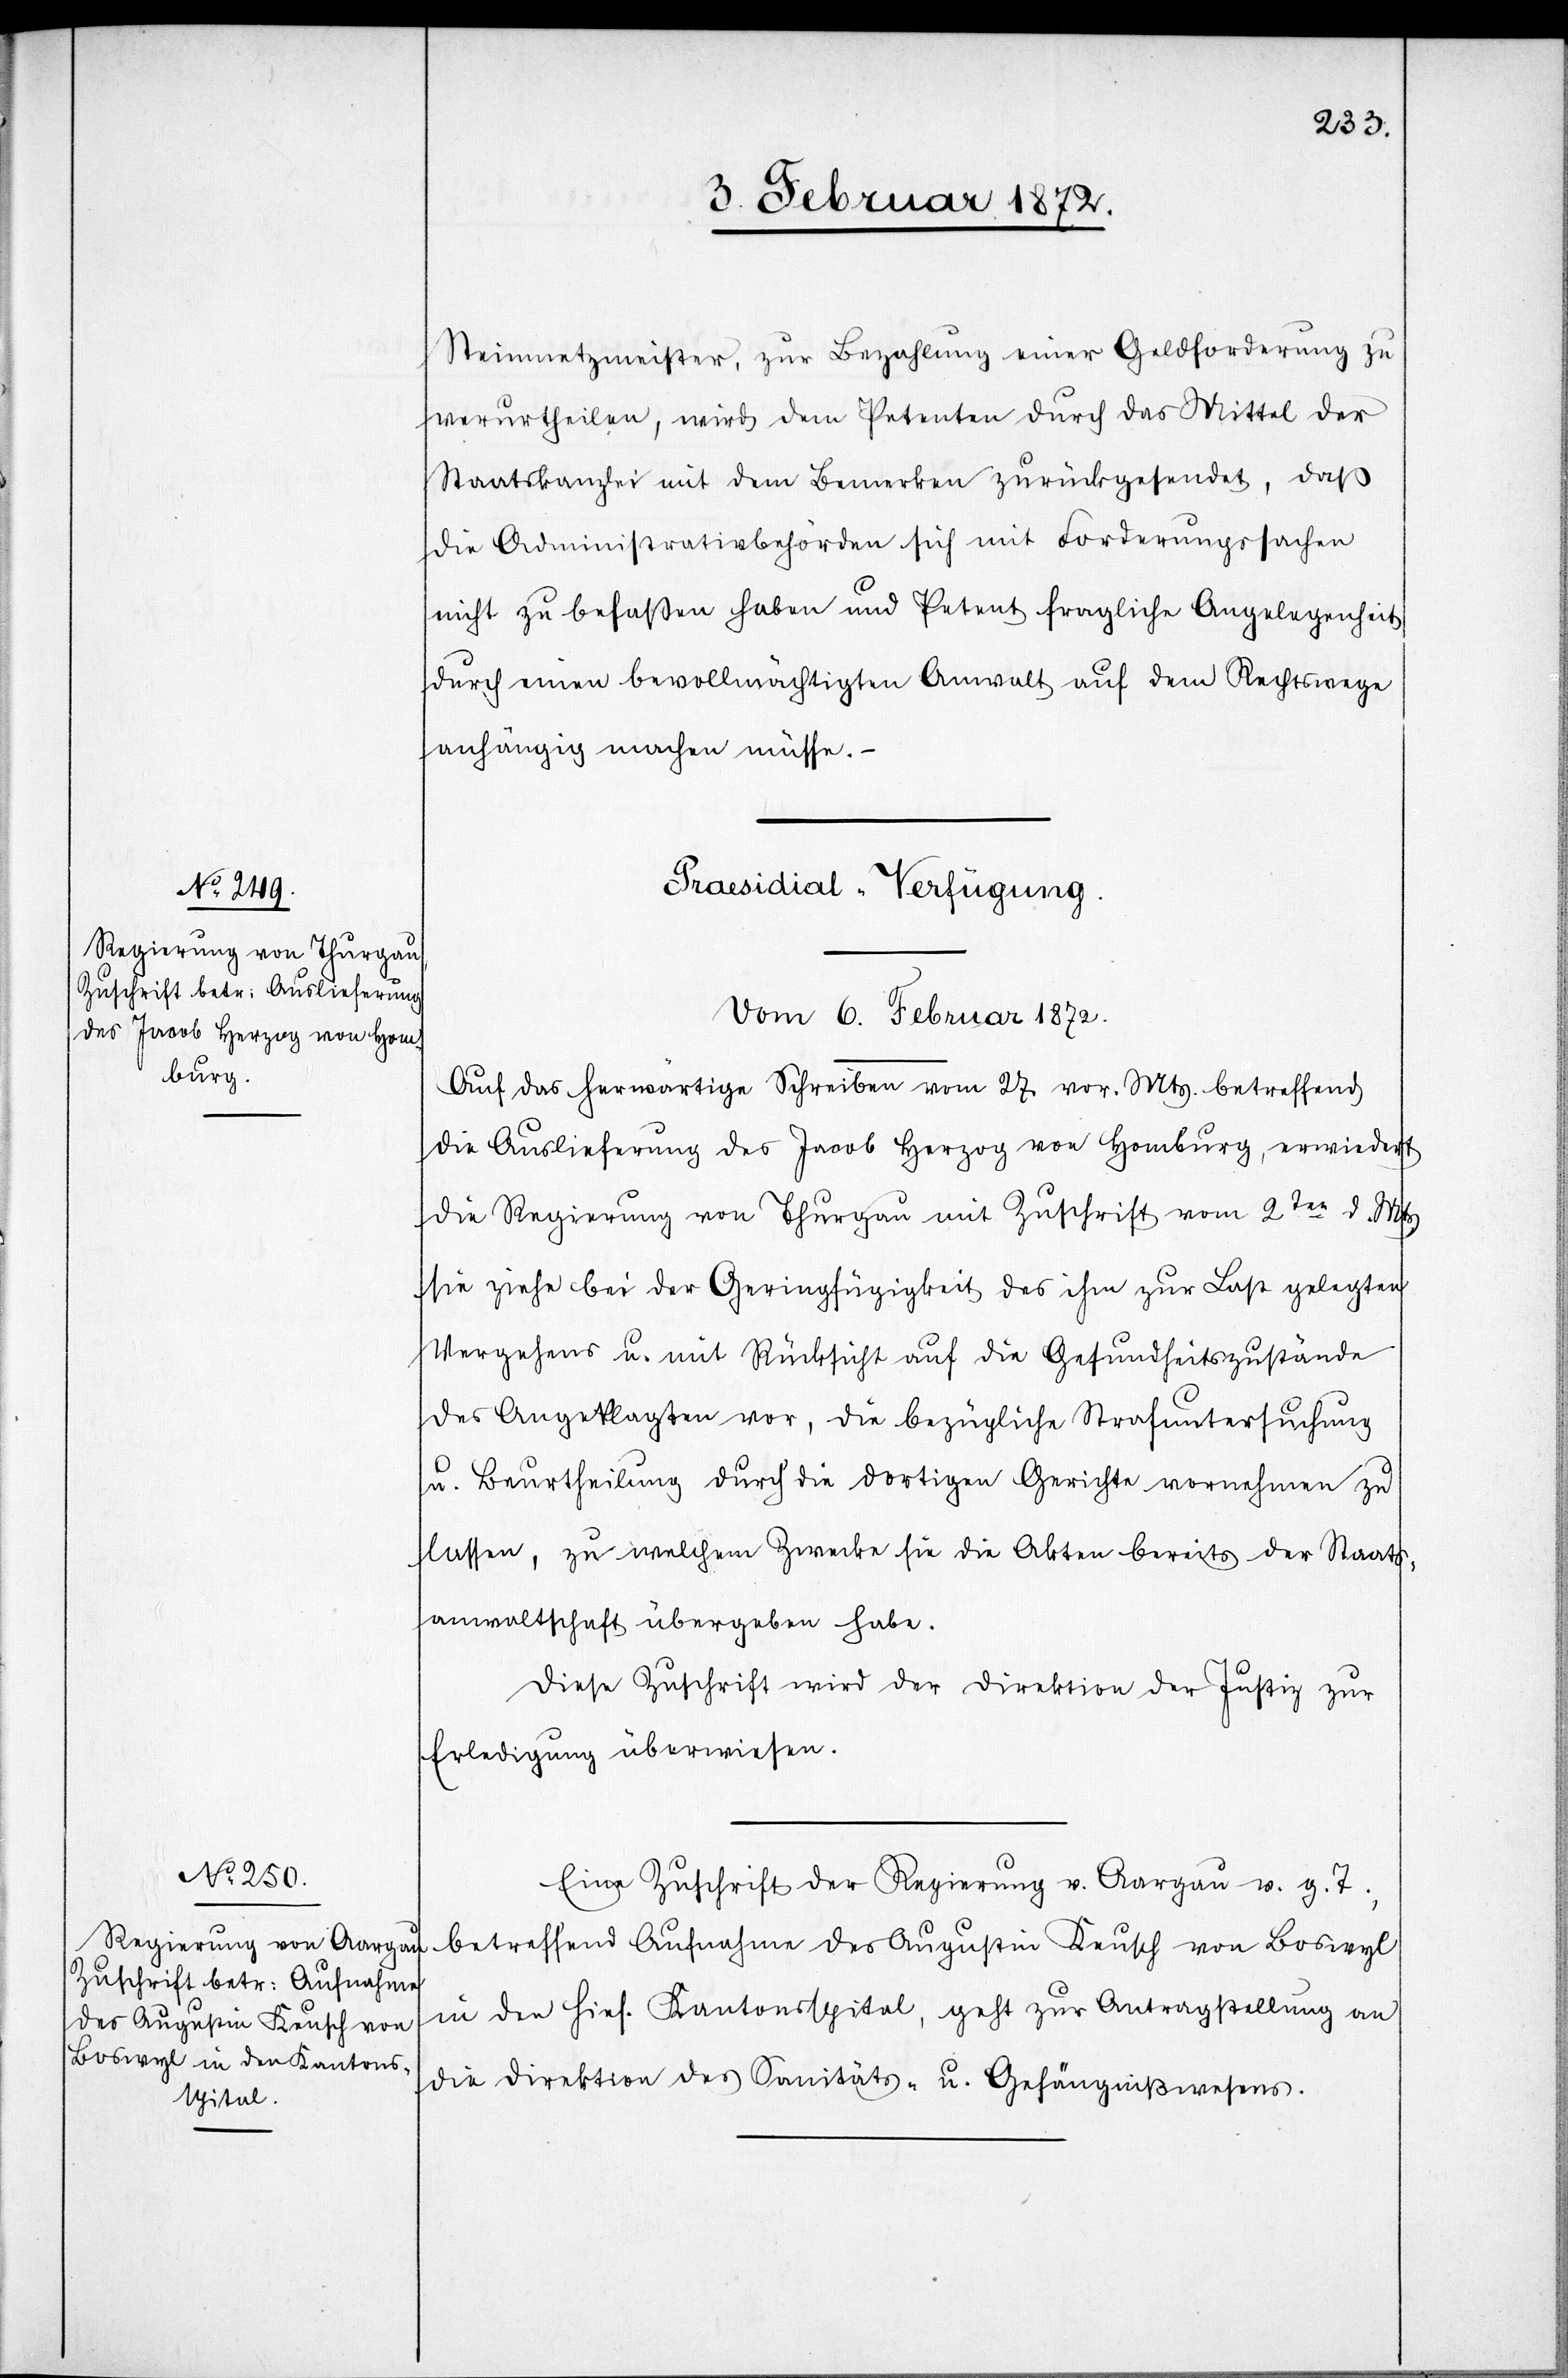
Steinmetzmeister, zur Bezahlung einer Geldforderung zu
verurtheilen, wird dem Petenten durch das Mittel der
Staatskanzlei mit dem Bemerken zurückgesendet, daß
die Administrativbehörden sich mit Forderungssachen
nicht zu befaßen haben und Petent fragliche Angelegenheit
durch einen bevollmächtigen Anwalt auf dem Rechtswege
anhängig machen müsse.
[Präsidial-Verfügungen
Vom 6. Februar 1872.]
Auf das herwärtige Schreiben vom 27 vor. Mts. betreffend
die Auslieferung des Jacob Herzog von Homburg, erwiedert
die Regierung von Thurgau mit Zuschrift vom 2ten d. Mts,
sie ziehe bei der Geringfügigkeit des ihm zur Last gelegten
Vergehens u. mit Rücksicht auf die Gesundheitszustände
des Angeklagten vor, die bezügliche Strafuntersuchung
u. Beurtheilung durch die dortige Gerichte vornehmen zu
lassen, zu welchem Zwecke sie die Akten bereits der Staats¬
anwaltschaft übergeben habe.
Diese Zuschrift wird der Direktion der Justiz zur
Erledigung überwiesen.
Eine Zuschrift der Regierung v. Aargau v. g. T.,
betreffend Aufnahme des Augustin Keusch von Boswyl
in den hies. Kantonsspital, geht zur Antragsstellung an
die Direktion des Sanitäts- u. Gefängnißwesens.